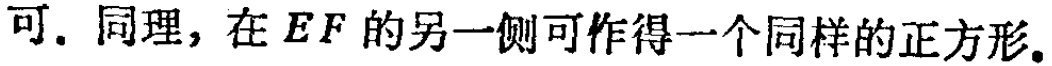
可. 同理，在 \(EF\) 的另一侧可作得一个同样的正方形.